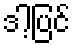
ဒါ့ပြင်